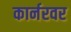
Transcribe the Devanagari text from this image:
कार्नरवर